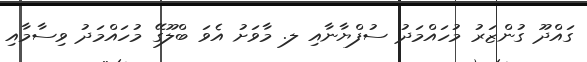
ގައްދޫ ގުންޒަރު މުހައްމަދު ސުފްޔާނާއި ލ. މާވަށު އެވަ ބްލޫގޭ މުހައްމަދު ވިސާމާއި